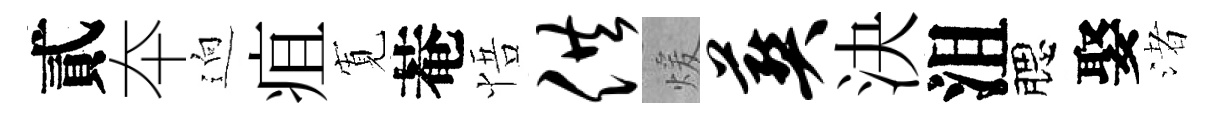
貳夲逈疽𡩖菴悟供煖葬決沮腮娶渚